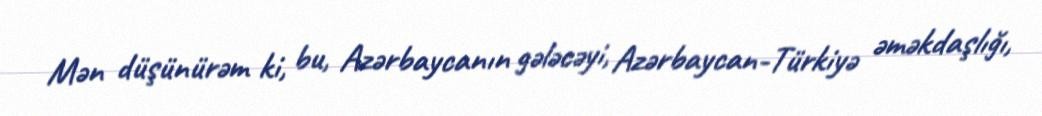
Mən düşünürəm ki, bu, Azərbaycanın gələcəyi, Azərbaycan-Türkiyə əməkdaşlığı,